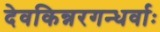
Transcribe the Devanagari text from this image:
देवकिन्नरगन्धर्वाः